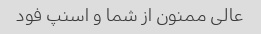
عالی ممنون از شما و اسنپ فود